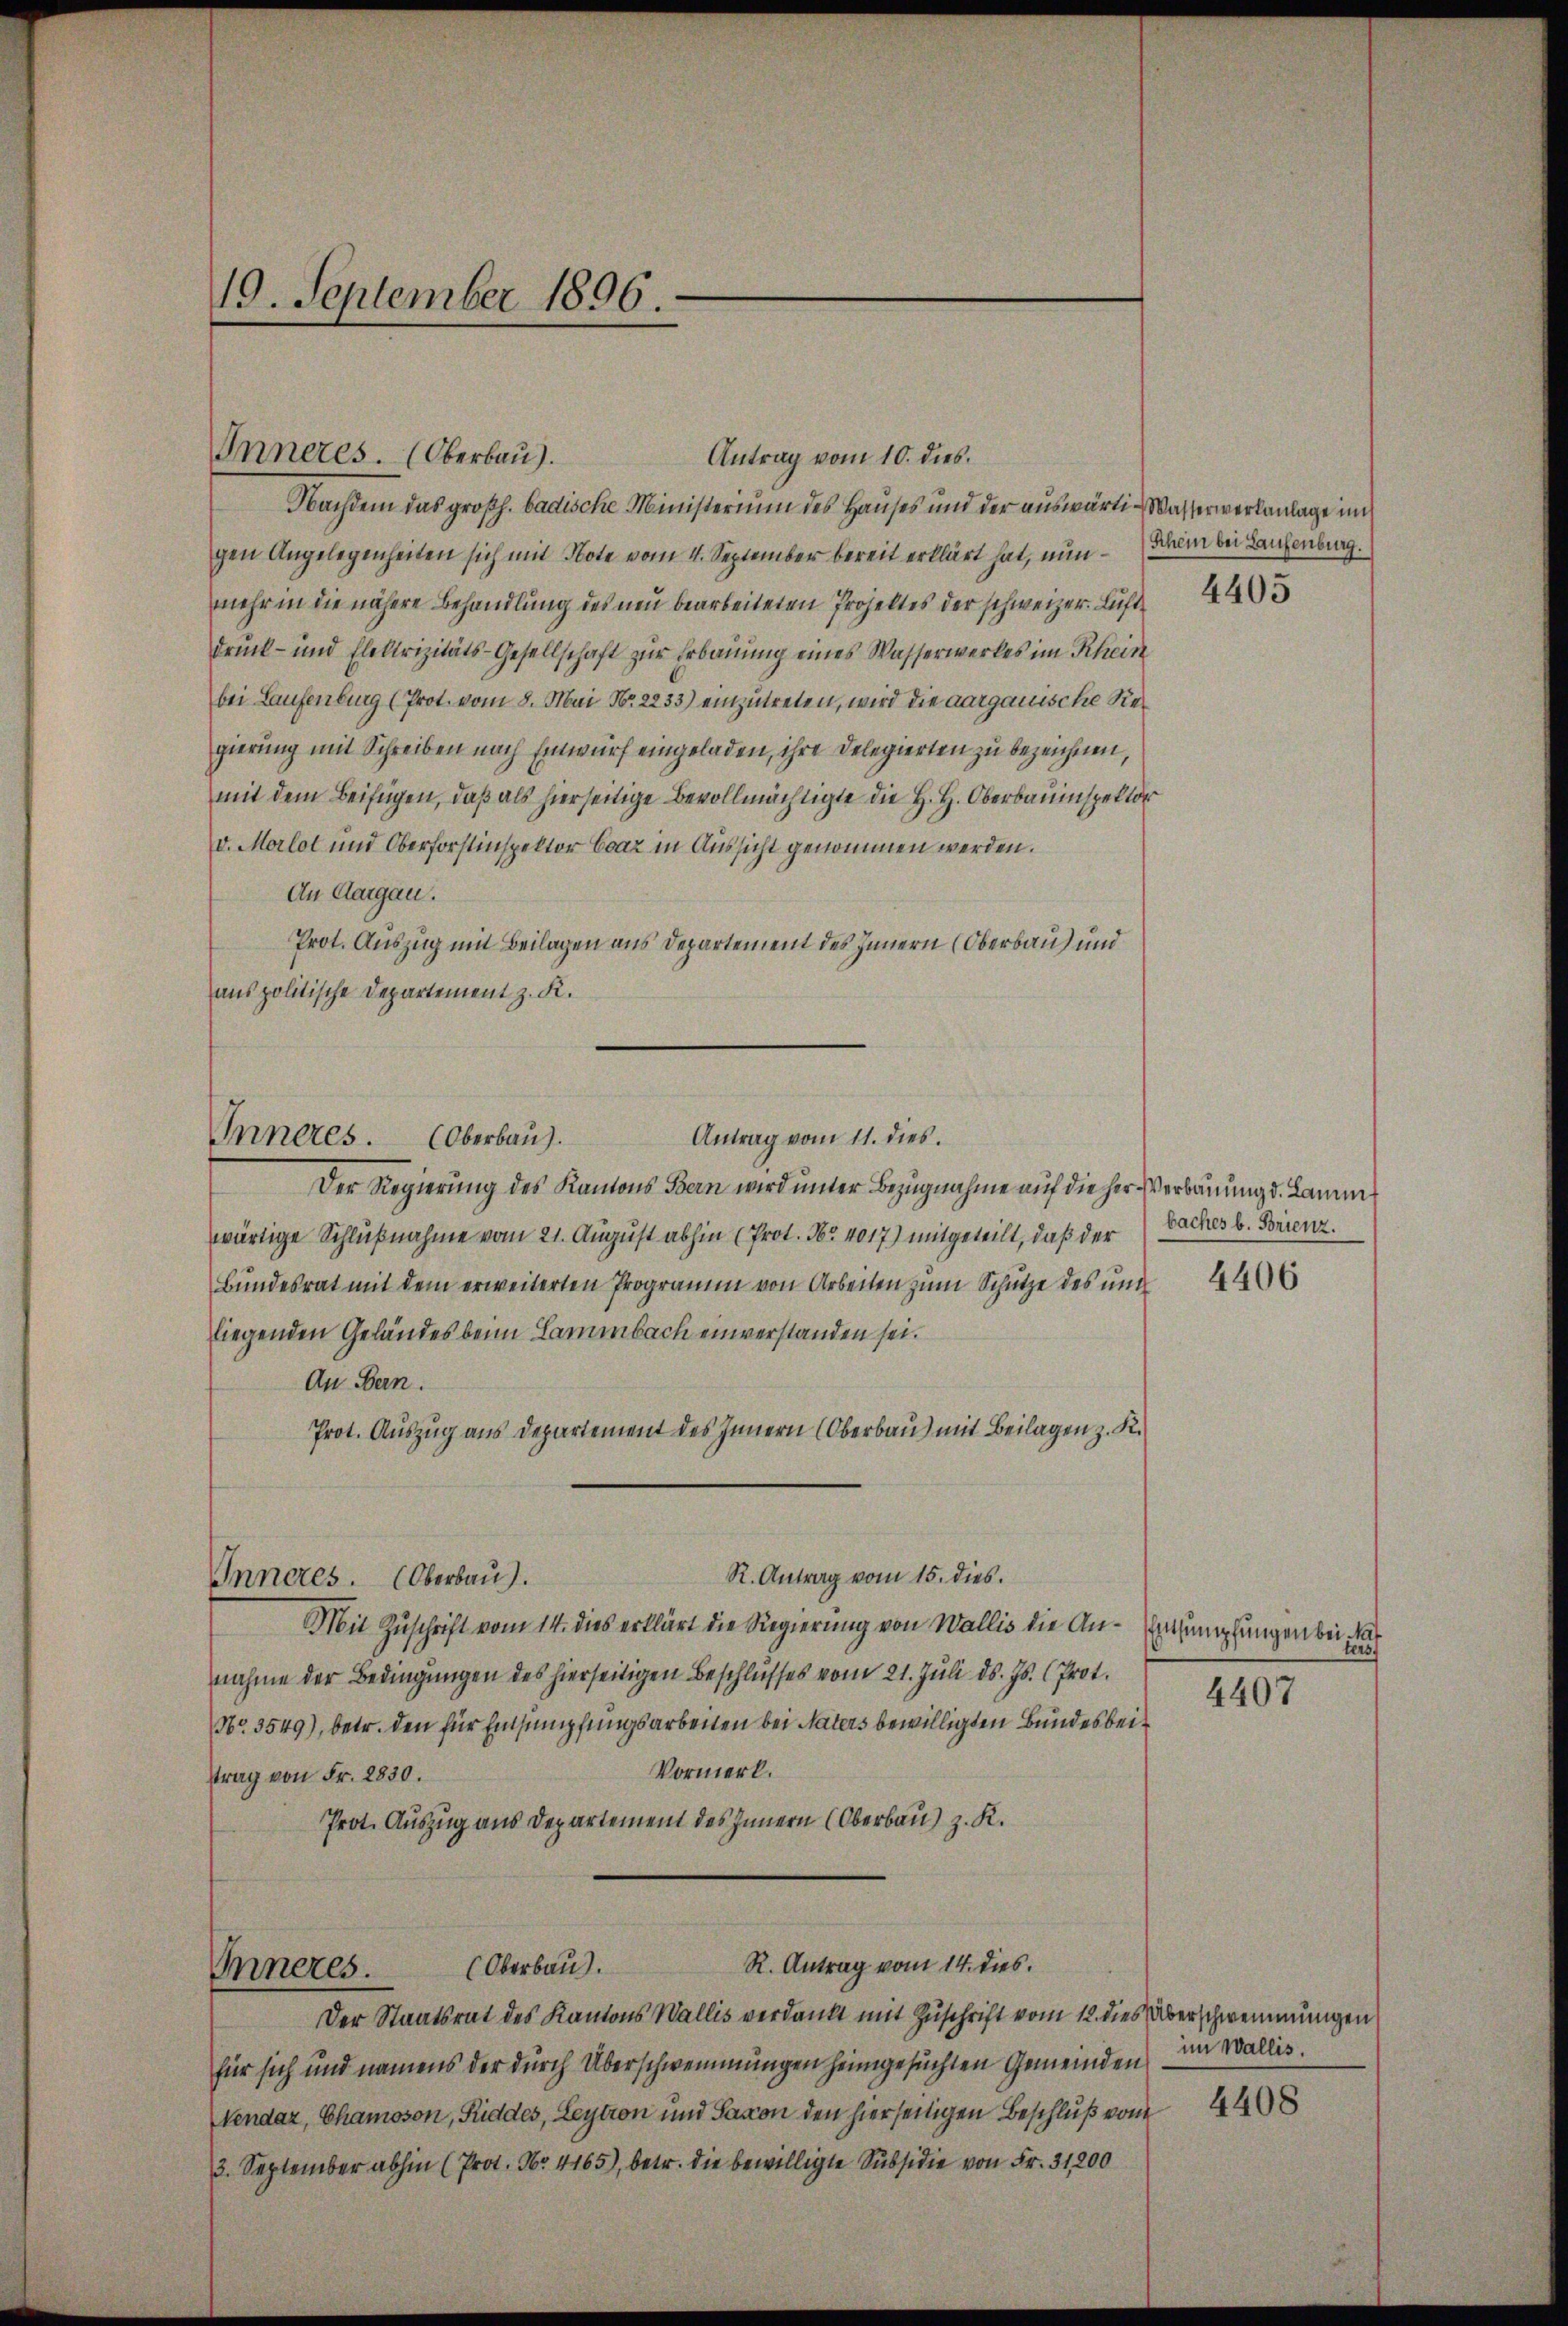
19. September 1896.

Inneres

Inneres. (Oberbaŭ

Antrag vom 11. dies

10. dies

Nachdem das großh. badische Ministerium des Hauses und der auswärti-Wasserwerkanlage un
gen Angelegenheiten sich mit Note vom 4. September bereit erklärt hat, nun Schem bei Laufenbrag.
mehr in die nähere Behandlung des neu bearbeiteten Projektes der schweizer. Luft
druck- und Elektrizitäts-Gesellschaft zur Erbauung eines Wasserwerkes im Rhein
bei Laufenburg (Prot. vom 8. Mai Nr. 2233) einzutreten, wird die aargauische Vergierung mit Schreiben nach Entwurf eingeladen, ihre Delegierten zu bezeichnen,
mit dem Beifügen, daß als hierseitige Bevollmächtigte die H. H. Oberbauinspektor
v. Morlot und Oberforstinspektor Evaz in Aussicht genommen werden.
An Aargau.
Prot. Auszug mit Beilagen aus Departement des Innern (Oberbau und
aus politische Departement z. K.
Der Regierung des Kantons Bern wird unter Bezugnahme auf die her Verbauung d. Lamm
wärtige Schlußnahme vom 21. August abhin (Prot. Nr. 4017) mitgeteilt, daß der
Bundesrat mit dem erweiterten Programm von Arbeiten zum Schütze des und
liegenden Geländes beim Lammbach einverstanden sei.
An Bern.
Prot. Auszug aus Departement des Innern (Oberbau) mit Beilagen z. K.
R. Antrag vom 15. dies.
Inneres. (Oberbau).
Mit Zuschrift vom 14. dies erklärt die Regierung von Wallis die An- Versumpfungen bei dar
nahme der Bedingungen des hierseitigen Beschlusses vom 21. Juli d. Js. (Prot.
NNo. 3549), betr. den für Entsumpfungsarbeiten bei Naters bewilligten Bundesbei¬
Vormerk.
strag von Fr. 2830.
Prot. Auszug aus Departement des Innern (Oberbau) z. K.
R. Antrag vom 14. dies.
(Oberbaus.
Inneres.
Der Staatsrat des Kantons Wallis verdankt mit Zuschrift vom 12. dies Überschwemmungen
für sich und namens der durch Überschwemmungen heimgesuchten Gemeinden im Wallis,
Vendaz, Chamoson, Süddes, Leytron und Saxon den hierseitigen Beschluß von
3. September abhin (Prot. Nr. 4165), betr. die bewilligte Subsidie von Fr. 31,200

4405

baches b. Brienz.

4406

auf

4407

4408